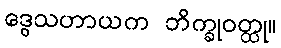
ဒွေသဟာယက ဘိက္ခုဝတ္ထု။